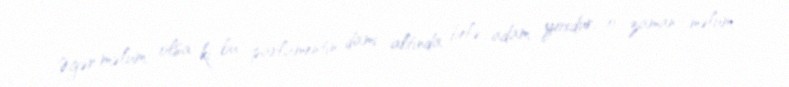
Əgər məlum olsa ki bu parlamentin damı altında belə adam yoxdur, o zaman məlum